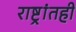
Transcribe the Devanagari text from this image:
राष्ट्रांतही